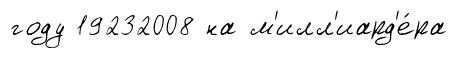
году 19232008 на м'илл'иард'е́ра